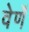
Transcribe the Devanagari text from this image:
वेर्णें